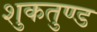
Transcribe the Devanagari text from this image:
शुकतुण्ड